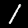
Label: 1